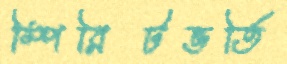
স্পিরিটভর্তি